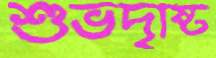
শুভদৃষ্টি